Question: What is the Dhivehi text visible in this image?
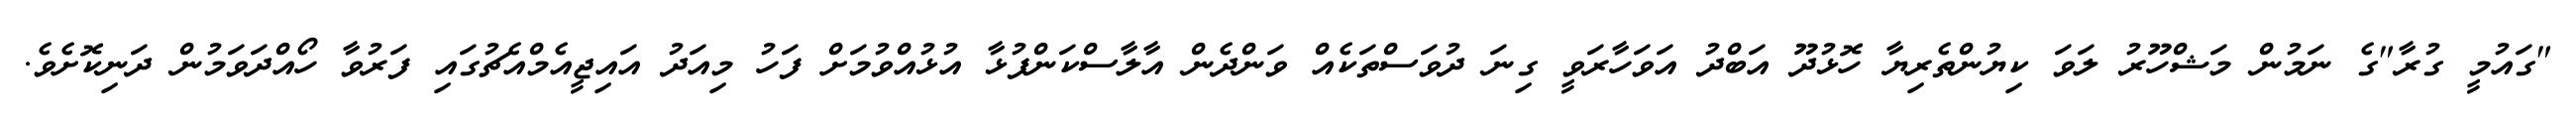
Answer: "ގައުމީ ގުރާ"ގެ ނަމުން މަޝްހޫރު ލަވަ ކިޔުންތެރިޔާ ހޮޅުދޫ އަބްދު އަވަހާރަވީ ގިނަ ދުވަސްތަކެއް ވަންދެން އާލާސްކަންފުޅާ އުޅުއްވުމަށް ފަހު މިއަދު އައިޖީއެމްއެޗުގައި ފަރުވާ ހޯއްދަވަމުން ދަނިކޮށެވެ.